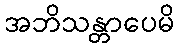
အဘိသန္တာပေမိ